Cholera in southern India
Disease focus: Cholera
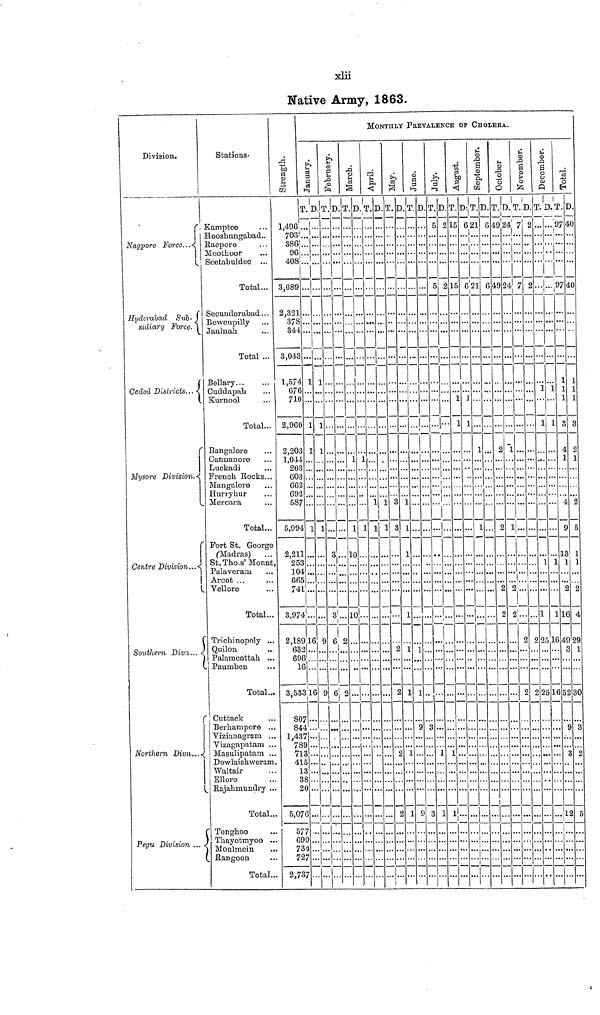
xlii
Native Army, 1863.
Division.
Nagpore Force...
Hyderabad
Sub.
sidiary
Force.
Ceded Districts...
Mysore Division.
Centre Division...
Southern Divn...
Northern Divn...
Pegu Division ...
Stations.
Kamptee ...
Hooshungabad ...
Raepore ...
Moothoor ...
Seetabuldee ...
Total ...
Secunderabad ...
Bowonpilly ...
Jaulnah. ...
Total ...
Bellary... ...
Cuddapali ...
Kurnool ...
Total...
Bangalore ...
Cannanoro ...
Luckadi ...
French Rocks ...
Mangalore ...
Hurryhur ...
Mercara
Total...
Fort St. George
(Madras) ...
St. Tho.s' Mount,
Palaveram ...
Arcot ... ...
Vellore ...
Total...
Trichinopoly ...
Quilon ...
Palamcottah ...
Paumben ...
Total...
Cuttack ...
Berhampore ...
Vizianagram ...
Vizagapatam ...
Masulipatam ...
Dowlaishweram
Waltair ...
Ellore ...
Rajahrnnndry ...
Total ...
Tonghoo ...
Thayetmyoo ...
Moulmein
...
Rangoon ...
Total ...
Strength.
1,496
703
386
96
408
3,089
2,321
378
341
3,043
1,574
676
710
2,960
2,203
1,044
203
603
662
692
587
5,994
2,211
253
104
665
741
3,974
2,189
632
696
16
3,533
307
844
1,437
789
713
415
13
38
20
5,076
577
699
734
72
2,737
MONTHLY PREVALENCE OF CHOLERA.
January.
T.
...
...
...
...
...
...
...
...
...
...
]
...
...
]
1
...
...
...
...
...
...
1
...
...
...
...
...
...
13
j...
...
...
16
...
...
...
....
...
...
...
...
...
...
...
...
...
7
...
D.
...
...
...
...
...
...
...
...
...
...
. 1
...
...
L
]
1
...
...
...
...
...
...
1
...
...
...
...
...
...
9
...
...
...
9
...
...
...
...
...
...
...
...
...
...
...
...
...
...
...
February.
T.
...
...
...
...
...
...
...
...
...
...
...
...
...
...
...
...
...
...
...
...
...
...
3
...
...
...
...
3
6
...
...
...
6
...
...
...
...
...
...
...
...
...
...
...
...
...
...
...
D
...
...
...
...
...
...
...
...
...
...
...
...
...
...
...
...
...
...
...
...
...
...
...
1
...
...
...
...
2
...
...
...
2
...
...
...
...
...
...
...
...
...
...
...
...
...
...
...
March.
T.
...
...
...
...
...
...
...
...
...
...
...
...
...
...
...
...
...
...
...
...
...
1
10
...
...
...
...
10
...
...
...
...
...
...
...
...
...
...
...
...
...
...
...
...
...
...
...
...
D.
...
...
...
...
...
...
...
...
...
...
...
...
...
...
...
1...
...
...
...
...
...
1
...
...
...
...
...
...
...
...
...
...
...
...
...
...
...
...
...
...
...
...
...
...
...
...
...
...
April.
T.
...
...
...
...
...
...
...
...
...
...
...
...
...
...
...
...
...
...
...
...
1
1
...
...
...
...
...
...
...
...
...
...
...
...
...
...
...
...
...
...
...
...
...
...
...
...
...
...
D.
...
...
...
...
...
...
...
...
...
...
...
...
...
...
...
...
...
...
...
...
1
...
...
...
...
...
...
...
...
...
...
...
...
...
...
...
...
...
...
...
...
...
...
...
...
...
...
...
May.
T.
...
...
...
...
...
...
...
...
...
...
...
...
...
...
...
...
...
...
...
...
3
1
...
...
...
...
...
...
...
2
...
...
2
...
...
...
...
2
...
...
...
...
2
...
...
...
...
...
D.
...
...
...
...
...
...
...
...
...
...
...
...
...
...
...
...
...
...
...
...
1
3
1
...
...
...
...
1
...
1
...
...
1
...
...
...
...
1
...
...
...
...
1
...
...
...
...
...
June.
T.
...
...
...
...
...
...
...
...
...
...
...
...
...
...
...
...
...
...
...
...
...
1
...
...
...
...
...
...
...
1...
...
...
1
...
9
...
...
...
...
...
...
...
9
...
...
...
...
...
D.
...
...
...
...
...
...
...
...
...
...
...
...
...
...
...
...
...
...
...
...
...
...
...
...
...
...
...
...
...
...
...
...
....
...
3
...
...
...
...
...
...
...
3
...
...
...
...
...
July
T.
5
...
...
...
...
5
...
...
...
...
...
...
...
...
...
...
...
...
...
...
...
...
...
...
...
...
...
...
...
...
...
...
...
...
...
...
...
1
...
...
...
...
1
...
...
...
...
...
D.
2
...
...
...
...
2
...
...
...
...
...
...
...
1
...
...
...
...
...
...
...
...
...
...
...
...
...
...
...
...
...
...
...
...
...
...
...
...
...
...
...
...
1
...
...
...
...
...
August.
T.
15
...
...
...
...
15
...
...
...
...
...
...
1
1
...
...
...
...
...
...
...
...
...
...
...
...
...
...
...
...
...
...
...
...
...
...
...
1
...
...
...
...
...
...
...
...
...
...
D.
6
...
...
...
...
6
...
...
...
...
...
...
1
...
...
...
...
...
...
...
...
...
...
...
...
...
...
...
...
...
...
...
...
...
......
...
...
...
...
...
...
...
...
...
...
...
...
...
September.
T.
21
...
...
...
...
21
...
...
...
...
...
...
...
...
1
...
...
...
...
...
...
1
...
...
...
...
...
...
...
...
...
...
...
...
...
...
...
...
...
...
...
...
...
...
...
...
...
...
D.
6
...
...
...
...
6
...
...
...
...
...
...
...
...
...
...
...
...
...
...
...
...
...
...
...
...
...
...
...
...
...
...
...
...
...
...
...
...
...
...
...
...
...
...
...
...
...
...
October.
T.
49
...
...
...
...
49
...
...
...
...
...
...
...
...
2
...
...
...
...
...
...
2
...
...
...
...
2
2
...
...
...
...
...
...
...
...
...
...
...
...
...
...
...
...
...
...
...
...
D.
24
...
...
...
...
24
...
...
...
...
...
...
...
...
1
...
...
...
...
...
...
1
...
...
...
...
2
2
...
...
...
...
...
...
...
...
...
...
...
...
...
...
...
...
...
...
...
...
November.
T.
7
...
...
...
...
7
...
...
...
...
...
...
...
...
...
...
...
...
...
...
...
...
...
...
...
...
...
...
2
...
...
...
2
...
...
...
...
...
...
...
...
...
...
...
...
...
...
...
D.
2
...
...
...
...
2
...
...
...
...
...
...
...
...
...
...
...
...
...
...
...
...
...
...
...
...
...
...
2
...
...
...
2
...
...
...
...
...
...
...
...
...
...
...
...
...
...
...
December.
T.
...
...
...
...
...
...
...
...
...
...
...
1
...
l
...
...
...
...
...
...
...
...
...
1
...
...
...
1
23
...
...
...
26
...
...
...
...
...
...
...
...
...
...
...
...
...
...
...
D.
...
...
...
...
...
...
...
...
...
...
...
1
...
1
...
...
...
...
...
...
...
...
...
1
...
...
...
1
16
...
...
...
13
...
...
...
...
...
...
...
...
...
...
...
...
...
...
...
Total.
T.
97
...
...
...
...
97
...
...
...
...
1
1
1
3
4
1
...
...
...
...
4
9
13
1
...
...
2
16
49
3
...
...
52
...
3
...
...
3
...
...
...
...
13
...
...
...
...
...
D.
40
...
...
...
...
10
...
...
...
...
1
1
1
3
2
1
...
...
...
...
2
5
1
1
...
...
2
4
29
1
...
...
30
...
2
...
...
2
...
...
...
...
5
...
...
...
...
...